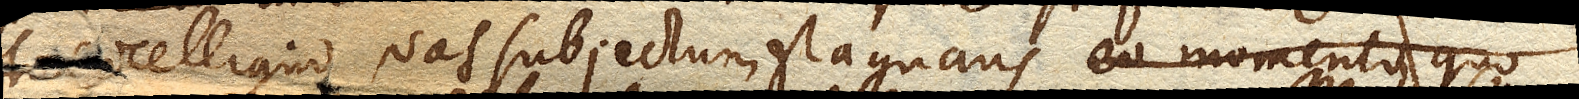
Torricelliano vas subjectum stagnans eo momento, quo